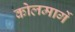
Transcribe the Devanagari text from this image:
कोलमार्गे